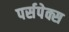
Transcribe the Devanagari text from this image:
पर्सपेक्स